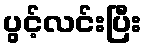
ပွင့်လင်းပြီး